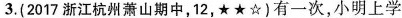
3.(2017浙江杭州萧山期中，12，★★☆)有一次，小明